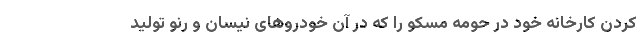
کردن کارخانه خود در حومه مسکو را که در آن خودروهای نیسان و رنو تولید